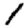
Digit: 1